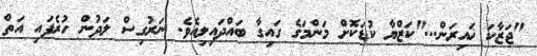
"ޖަޒާކަ ޚައިރަން..."ކަޒްޔާ ކުޑަކޮށް މަންމަގެ ގައިގާ ބައްދައިލިއެވެ. ނަރުގިސް ލަދުން ހުރެފައި އަތް